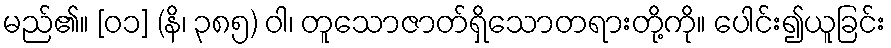
မည်၏။ [၀၁] (နိ၊ ၃၈၅) ဝါ၊ တူသောဇာတ်ရှိသောတရားတို့ကို။ ပေါင်း၍ယူခြင်း